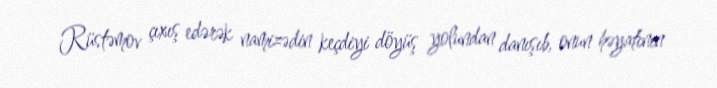
Rüstəmov çıxış edərək namizədin keçdiyi döyüş yolundan danışıb, onun həyatının